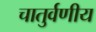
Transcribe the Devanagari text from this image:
चातुर्वणीय